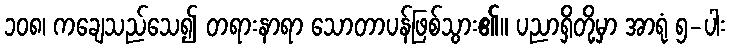
၁၀၈၊ ကချေသည်သေ၍ တရားနာရာ သောတာပန်ဖြစ်သွား၏။ ပညာရှိတို့မှာ အာရုံ ၅-ပါး